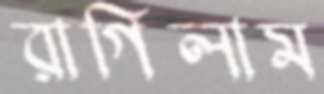
রাগিলাম